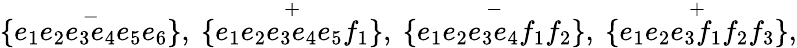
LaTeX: \{ \stackrel{-}{e_{1}e_{2}e_{3}e_{4}e_{5}e_{6}}\} ,\ \{ \stackrel{+}{e_{1}e_{2}e_{3}e_{4}e_{5}f_{1}}\} ,\ \{ \stackrel{-}{e_{1}e_{2}e_{3}e_{4}f_{1}f_{2}}\} ,\ \{ \stackrel{+}{e_{1}e_{2}e_{3}f_{1}f_{2}f_{3}}\} ,